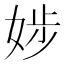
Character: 𡝃